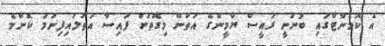
އެ ކޮމެންޓްގައި ބުނަނީ ރައީސް ޔާމީންގެ އަތުން މިގޮތަށް ފައިސާ އަތުލައިފިނަމަ ކޮންމެ